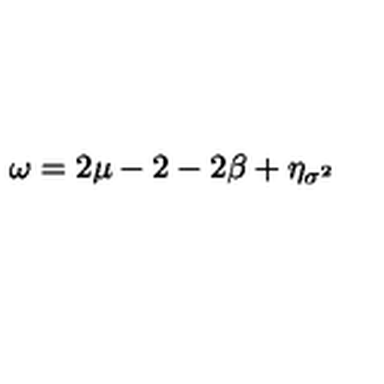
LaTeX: \omega = 2 \mu - 2 - 2 \beta + \eta _ { \sigma ^ { 2 } }